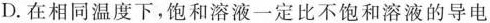
D.在相同温度下，饱和溶液一定比不饱和溶液的导电